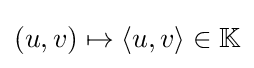
(u,v)\mapsto \langle u,v\rangle \in \mathbb {K}